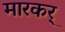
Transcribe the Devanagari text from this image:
मारकर्